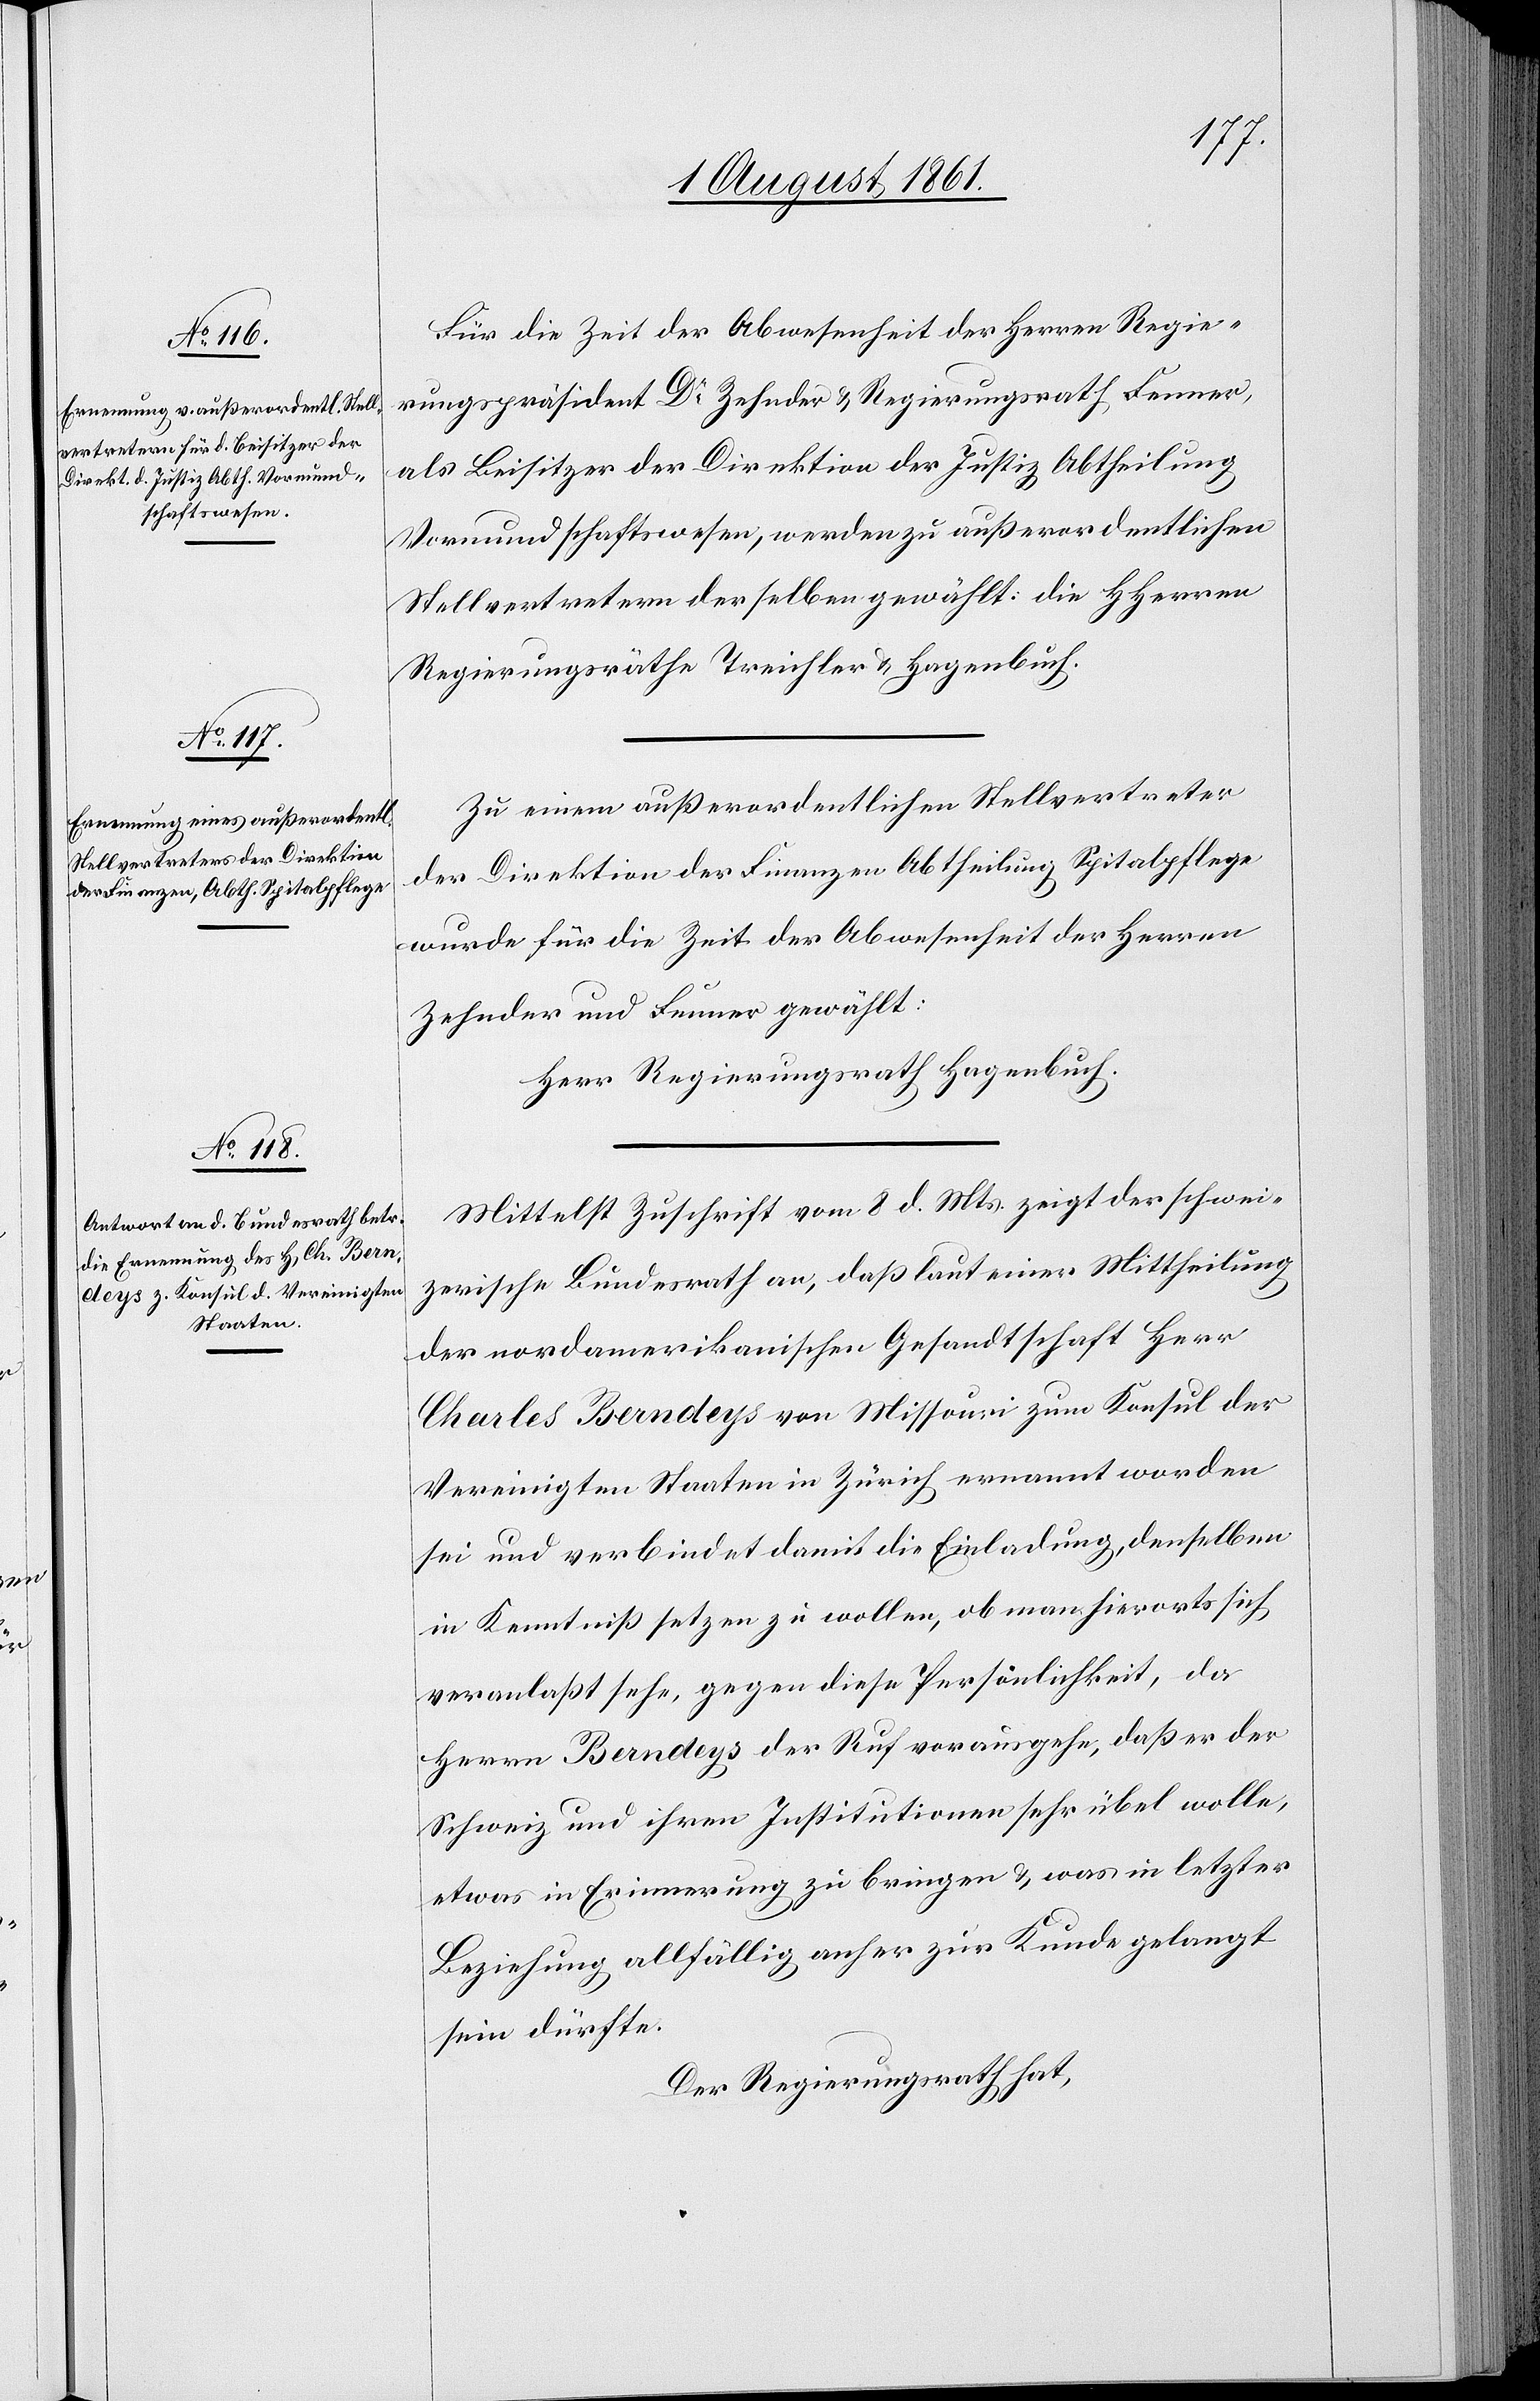
Für die Zeit der Abwesenheit der Herrn Regie¬
rungspräsident Dr Zehnder u. Regierungsrath Fenner,
als Beisitzer der Direktion der Justiz Abtheilung
Vormundschaftswesen, werden zu außerordentlichen
Stellvertretern derselben gewählt. Die HHerren
Regierungsräthe Treichler u. Hagenbuch.
Zu einem außerordentlichen Stellvertreter
der Direktion der Finanzen Abtheilung Spitalpflege
wurde für die Zeit der Abwesenheit der Herren
Zehnder und Fenner gewählt:
Herr Regierungsrath Hagenbuch.
Mittelst Zuschrift vom 8 d. Mts. zeigt der schwei¬
zerische Bundesrath an, daß laut einer Mittheilung
der nordamerikanischen Gesandtschaft Herr
Charles Berndeys von Missouri zum Konsul der
Vereinigten Staaten in Zürich ernannt worden
sei und verbindet damit die Einladung, denselben
in Kenntniß setzen zu wollen, ob man hierorts sich
veranlaßt sehe, gegen diese Persönlichkeit, da
Herrn Berndeys der Ruf vorausgehe, daß er der
Schweiz und ihren Institutionen sehr übel wolle,
etwas in Erinnerung zu bringen u. was in letzter
Beziehung allfällig anher zur Kunde gelangt
sein dürfte.
Der Regierungsrath hat,